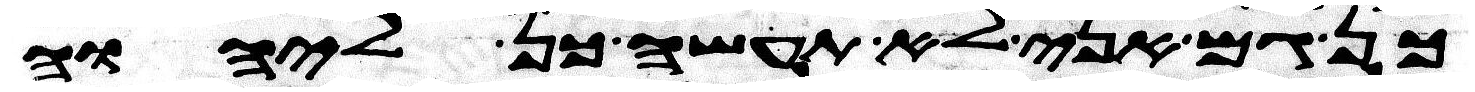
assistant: כן גם אני לא תעשה כן ליהוה